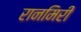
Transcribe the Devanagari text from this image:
रानमिरी